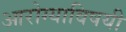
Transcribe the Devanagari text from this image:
आरोग्याविषयी